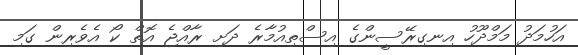
އަހުމަދު މަމްދޫހު އިނގިރޭސީންގެ އިސްތިއުމާރެ ދަށި ރާއްޖެ އޮތް ކޯ އެވެރިން ގަމި